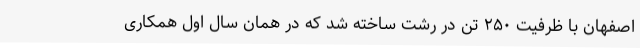
اصفهان با ظرفیت ۲۵۰ تُن در رشت ساخته شد که در همان سال اول همکاری